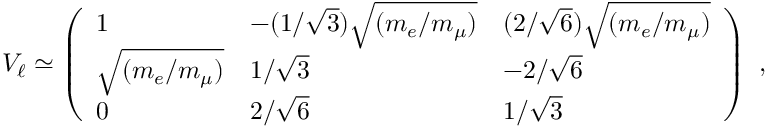
V _ { \ell } \simeq \left( \begin{array} { l l l } { { 1 } } & { { - ( 1 / \sqrt 3 ) \sqrt { ( m _ { e } / m _ { \mu } ) } } } & { { ( 2 / \sqrt 6 ) \sqrt { ( m _ { e } / m _ { \mu } ) } } } \\ { { \sqrt { ( m _ { e } / m _ { \mu } ) } } } & { { 1 / \sqrt 3 } } & { { - 2 / \sqrt 6 } } \\ { { 0 } } & { { 2 / \sqrt 6 } } & { { 1 / \sqrt 3 } } \end{array} \right) \ ,